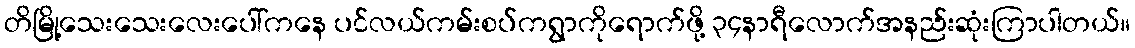
တိမြို့သေးသေးလေးပေါ်ကနေ ပင်လယ်ကမ်းစပ်ကရွာကိုရောက်ဖို့ ၃၄နာရီလောက်အနည်းဆုံးကြာပါတယ်။